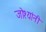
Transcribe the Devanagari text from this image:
जोश्यांनी